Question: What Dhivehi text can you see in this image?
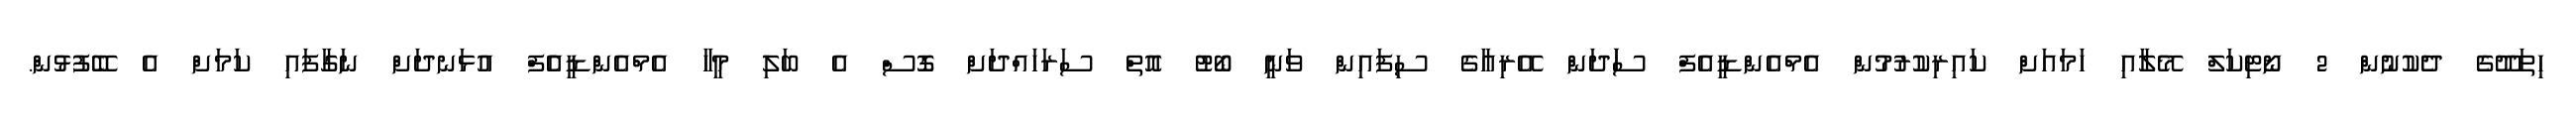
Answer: ހިތަދޫގެ ދެކުނުން 2 ނޯޓިކަލް މޭލާއި ހަމައަށް ކައިރިކުރުމުން އެމްއެންޑީއެފް ސަަދަން އޭރިއާގެ ސިފައިން ވަނީ ބޯޓު އޮތް ސަރަހައްދަށް ގޮސް އެ ބަލި މީހާ އެމްއެންޑީއެެފް އުޅަނދަށް ނަގާފައި ކަމަށް އެ ބޭފުޅުން.